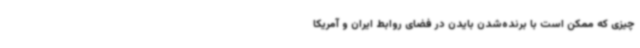
چیزی که ممکن است با برنده‌شدن بایدن در فضای روابط ایران و آمریکا